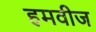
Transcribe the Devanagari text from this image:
हमवीज